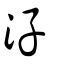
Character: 汓